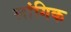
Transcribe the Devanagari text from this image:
लांगिक